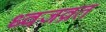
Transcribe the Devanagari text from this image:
ध्वजव्रत